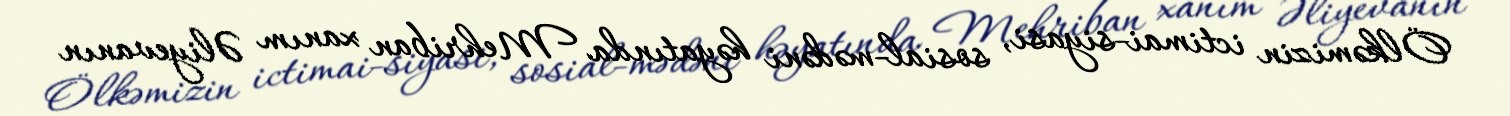
Ölkəmizin ictimai-siyasi, sosial-mədəni həyatında Mehriban xanım Əliyevanın